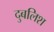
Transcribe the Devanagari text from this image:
दुबलिश